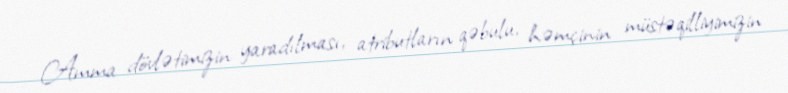
Amma dövlətimizin yaradılması, atributların qəbulu, həmçinin müstəqilliyimizin